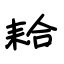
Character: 耠